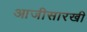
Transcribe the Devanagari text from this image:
आजीसारखी